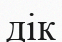
дік